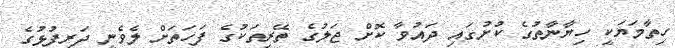
ހިތާމަޔަކީ ހިޔާނާތުގެ ކުށުގައި ދައުވާ ކޮށް ޖަލުގެ ތޭރިތަކުގެ ފަހަތަށް ލެވެނީ ދަރިފުޅުގެ